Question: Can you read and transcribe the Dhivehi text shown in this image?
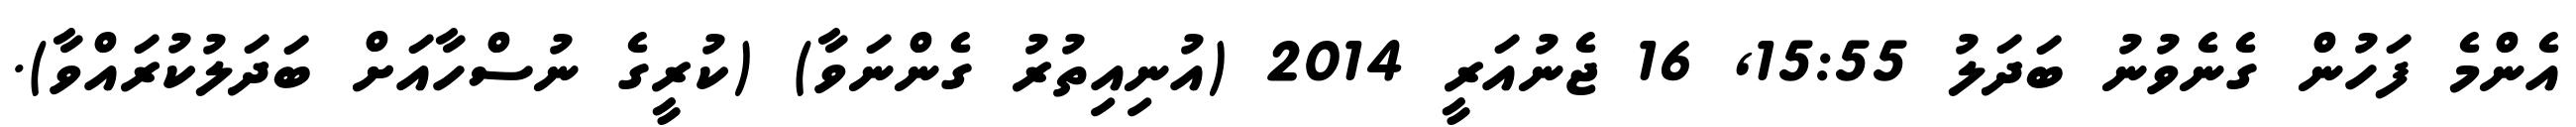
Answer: އެންމެ ފަހުން ގެނެވުނު ބަދަލު 15:55, 16 ޖެނުއަރީ 2014 (އުނިއިތުރު ގެންނަވާ) (ކުރީގެ ނުސްހާއަށް ބަދަލުކުރައްވާ).